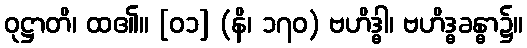
ဝုဋ္ဌာတိ၊ ထ၏။ [၀၁] (နိ၊ ၁၇၀) ဗဟိဒ္ဓါ၊ ဗဟိဒ္ဓခန္ဓာ၌။